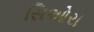
સિઓરા